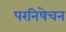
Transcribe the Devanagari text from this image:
परनिषेचन